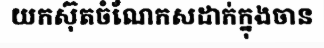
យកស៊ុតចំណែកសដាក់ក្នុងចាន